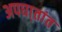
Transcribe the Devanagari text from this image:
अपघा्तांत